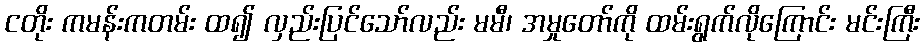
ငတိုး ကမန်းကတမ်း ထ၍ လှည်းပြင်သော်လည်း မမီ၊ အမှုတော်ကို ထမ်းရွက်လိုကြောင်း မင်းကြီး